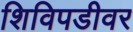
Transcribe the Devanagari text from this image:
शिविपडीवर